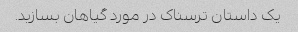
یک داستان ترسناک در مورد گیاهان بسازید.